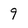
Character: 9